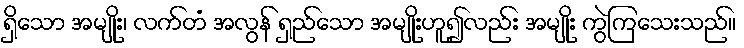
ရှိသော အမျိုး၊ လက်တံ အလွန် ရှည်သော အမျိုးဟူ၍လည်း အမျိုး ကွဲကြသေးသည်။